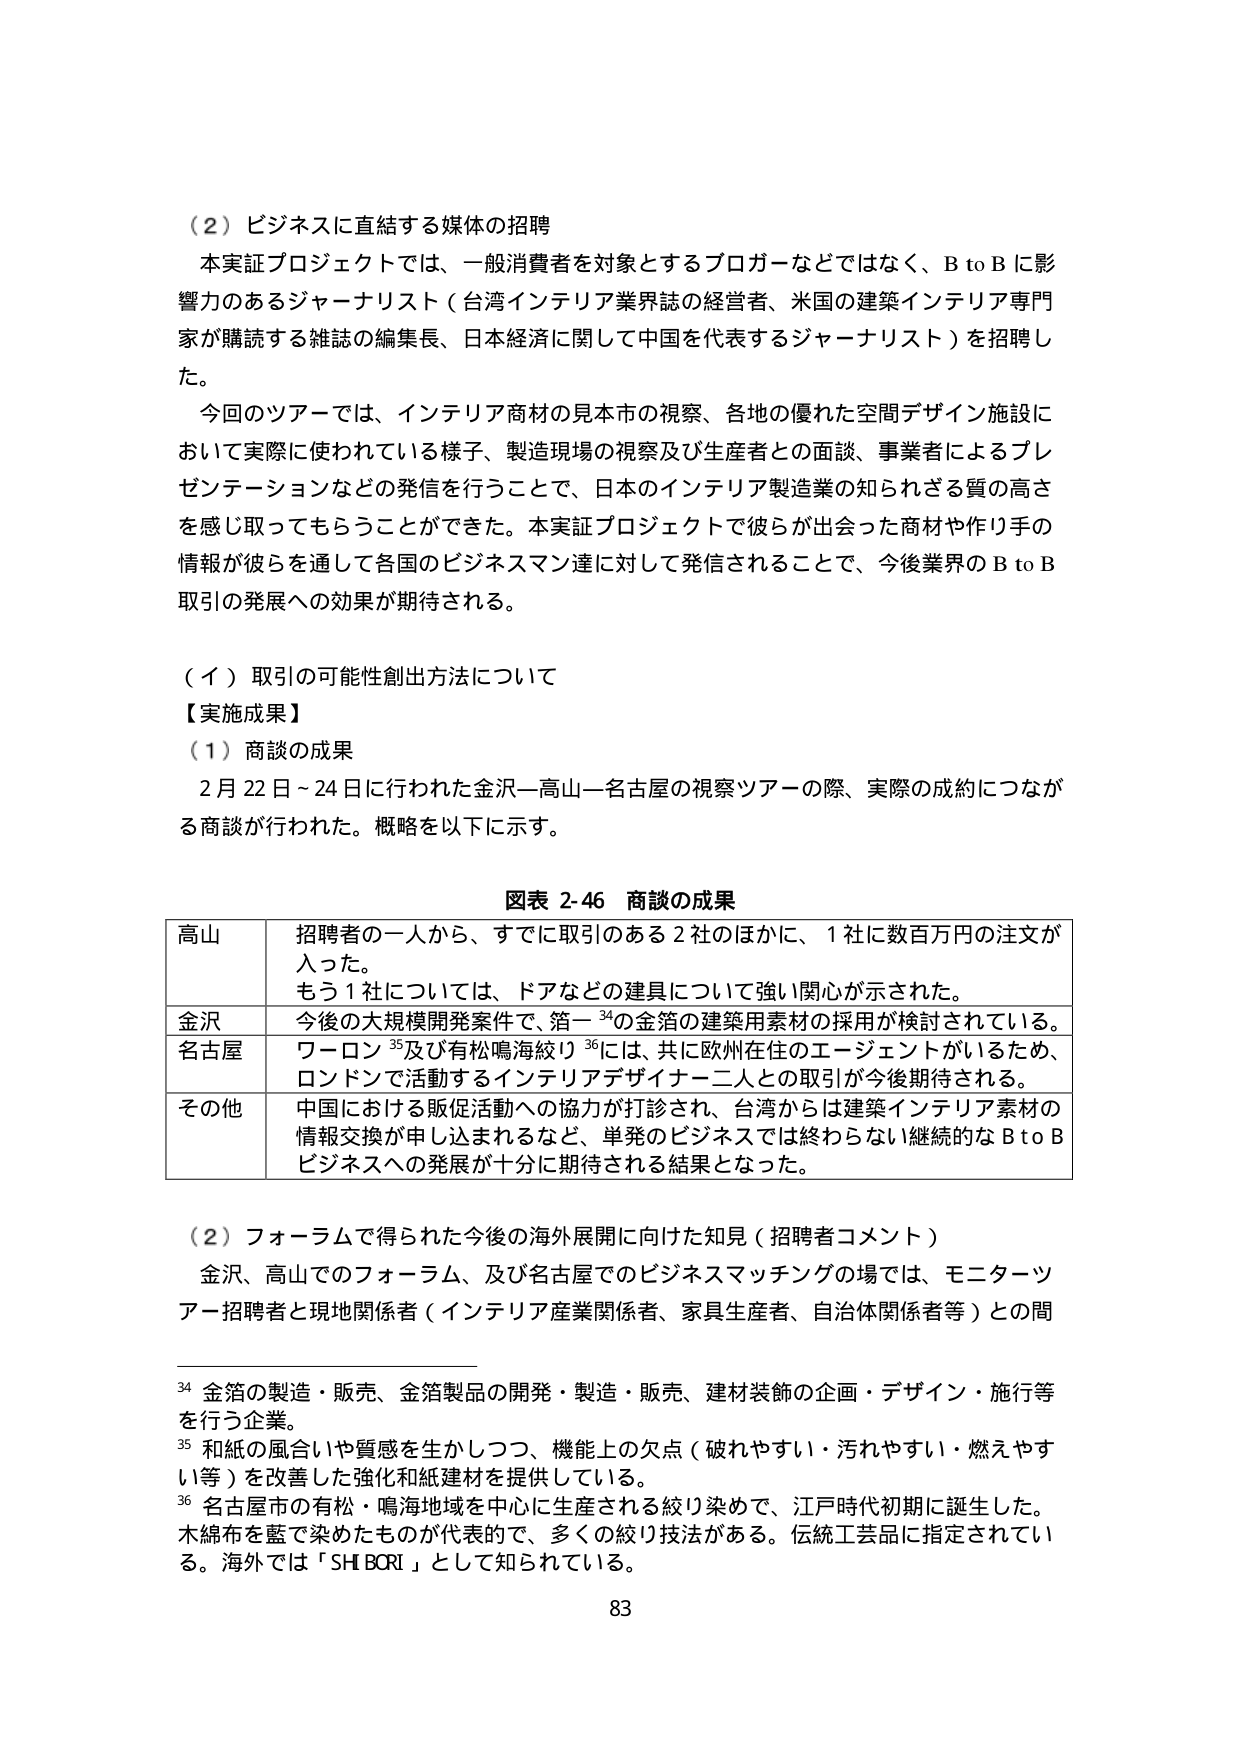
（２）ビジネスに直結する媒体の招聘
本実証プロジェクトでは、一般消費者を対象とするブロガーなどではなく、B to Bに影響力のあるジャーナリスト（台湾インテリア業界誌の経営者、米国の建築インテリア専門家が購読する雑誌の編集長、日本経済に関して中国を代表するジャーナリスト）を招聘した。
今回のツアーでは、インテリア商材の見本市の視察、各地の優れた空間デザイン施設において実際に使われている様子、製造現場の視察及び生産者との面談、事業者によるプレゼンテーションなどの発信を行うことで、日本のインテリア製造業の知られる質の高さを感じ取ってもらうことができた。本実証プロジェクトで彼らが出会った商材や作り手の情報が彼らを通じて各国のビジネスマン達に対して発信されることで、今後業界のB to B取引の発展への効果が期待される。

（イ）取引の可能性創出方法について
【実施成果】
（１）商談の成果
２月22日～24日に行われた金沢―高山―名古屋の視察ツアーの際、実際の成約につながる商談が行われた。概略を以下に示す。

図表 2-46 商談の成果

| 高山 | 招聘者の一人から、すでに取引のある２社のほかに、１社に数百万円の注文が入った。
もう１社については、ドアなどの建具について強い関心が示された。 |
| 金沢 | 今後の大規模開発案件で、箔一³⁴の金箔の建築用素材の採用が検討されている。 |
| 名古屋 | ワーロン³⁵及び有松鳴海絞³⁶には、共に欧州在住のエージェントがいるため、ロンドンで活動するインテリアデザイナー二人との取引が今後期待される。 |
| その他 | 中国における販促活動への協力が打診され、台湾からは建築インテリア素材の情報交換が申し込まれるなど、単発のビジネスでは終わらない継続的なB to Bビジネスへの発展が十分に期待される結果となった。 |

（２）フォーラムで得られた今後の海外展開に向けた知見（招聘者コメント）
金沢、高山でのフォーラム、及び名古屋でのビジネスマッチングの場では、モニタツアー招聘者と現地関係者（インテリア産業関係者、家具生産者、自治体関係者等）との間

³⁴ 金箔の製造・販売、金箔製品の開発・製造・販売、建材装飾の企画・デザイン・施行等を行う企業。
³⁵ 和紙の風合いや質感を生かしつつ、機能上の欠点（破れやすい・汚れやすい・燃えやすい等）を改善した強化和紙建材を提供している。
³⁶ 名古屋市の有松・鳴海地域を中心に生産される絞り染めで、江戸時代初期に誕生した。木綿布を藍で染めたものが代表的で、多くの絞り技法がある。伝統工芸品に指定されている。海外では「SHI BORI」として知られている。

83